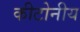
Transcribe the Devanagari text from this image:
कीटोनीय